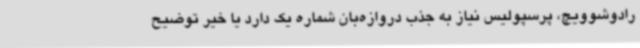
رادوشوویچ، پرسپولیس نیاز به جذب دروازه‌بان شماره یک دارد یا خیر توضیح